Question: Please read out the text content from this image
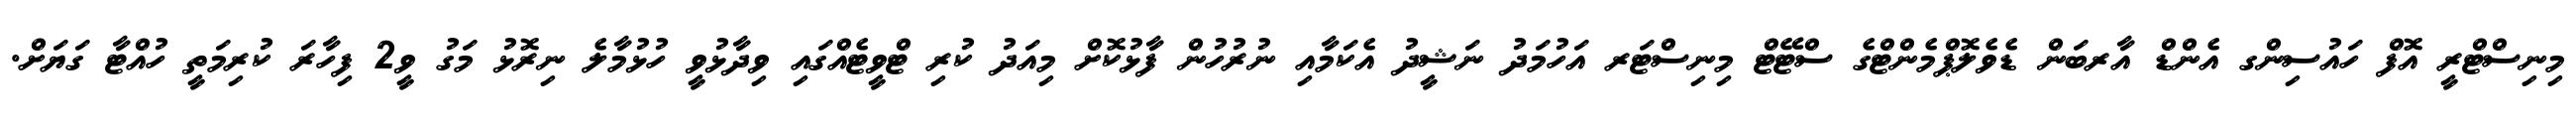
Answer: މިނިސްޓްރީ އޮފް ހައުސިންގ އެންޑް އާރބަން ޑެވެލޮޕްމެންޓްގެ ސްޓޭޓް މިނިސްޓަރ އަހުމަދު ނަޝީދު އެކަމާއި ނުރުހުން ފާޅުކޮށް މިއަދު ކުރި ޓްވީޓެއްގައި ވިދާޅުވީ ހުޅުމާލެ ނިރޮޅު މަގު ވީ2 ފިހާރަ ކުރިމަތީ ހުއްޓާ ގަޔަށް.